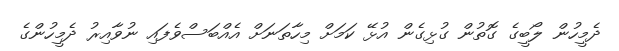
ދެމީހުން ލޯބީގެ ގޮތުން ގުޅިގެން އުޅޭ ކަމަށް މިހާތަނަށް އެއްބަސްވެފައި ނުވާއިރު ދެމީހުންގެ